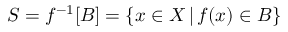
S = f ^ { - 1 } [ B ] = \{ x \in X \, | \, f ( x ) \in B \}